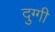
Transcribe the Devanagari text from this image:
दुग्गी